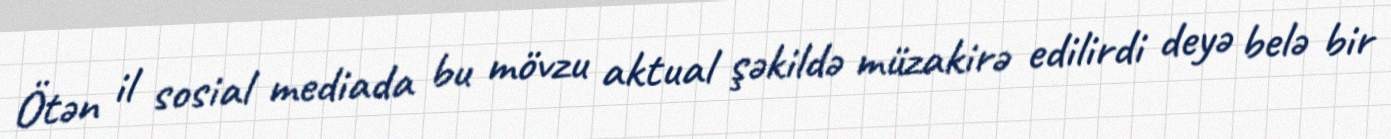
Ötən il sosial mediada bu mövzu aktual şəkildə müzakirə edilirdi deyə belə bir